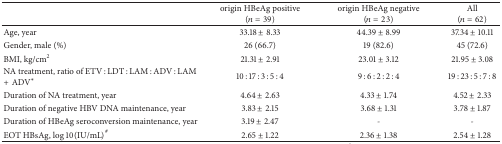
|  | origin HBeAg positive(n = 39) | origin HBeAg negative(n = 23) | All(n = 62) |
 | --- | --- | --- | --- |
 | Age, year | 33.18 ± 8.33 | 44.39 ± 8.99 | 37.34 ± 10.11 |
 | Gender, male (%) | 26 (66.7) | 19 (82.6) | 45 (72.6) |
 | BMI, kg/cm2 | 21.31 ± 2.91 | 23.01 ± 3.12 | 21.95 ± 3.08 |
 | NA treatment, ratio of ETV : LDT : LAM : ADV : LAM +ADV∗ | 10 : 17 : 3 : 5 : 4 | 9 : 6 : 2 : 2 : 4 | 19 : 23 : 5 : 7 : 8 |
 | Duration of NA treatment, year | 4.64 ± 2.63 | 4.33 ± 1.74 | 4.52 ± 2.33 |
 | Duration of negative HBV DNA maintenance, year | 3.83 ± 2.15 | 3.68 ± 1.31 | 3.78 ± 1.87 |
 | Duration of HBeAg seroconversion maintenance, year | 3.19 ± 2.47 | - | - |
 | EOT HBsAg, log⁡10(IU/mL)# | 2.65 ± 1.22 | 2.36 ± 1.38 | 2.54 ± 1.28 |